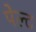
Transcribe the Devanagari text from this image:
पेल्ट